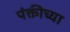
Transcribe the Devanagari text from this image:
पंक्तीच्या